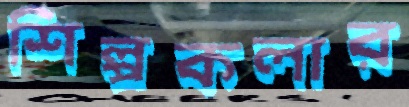
শিল্পকলার